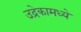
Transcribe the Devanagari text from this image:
उद्रेकामध्ये